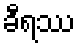
ခီရဿ